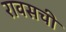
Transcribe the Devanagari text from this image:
रावसची